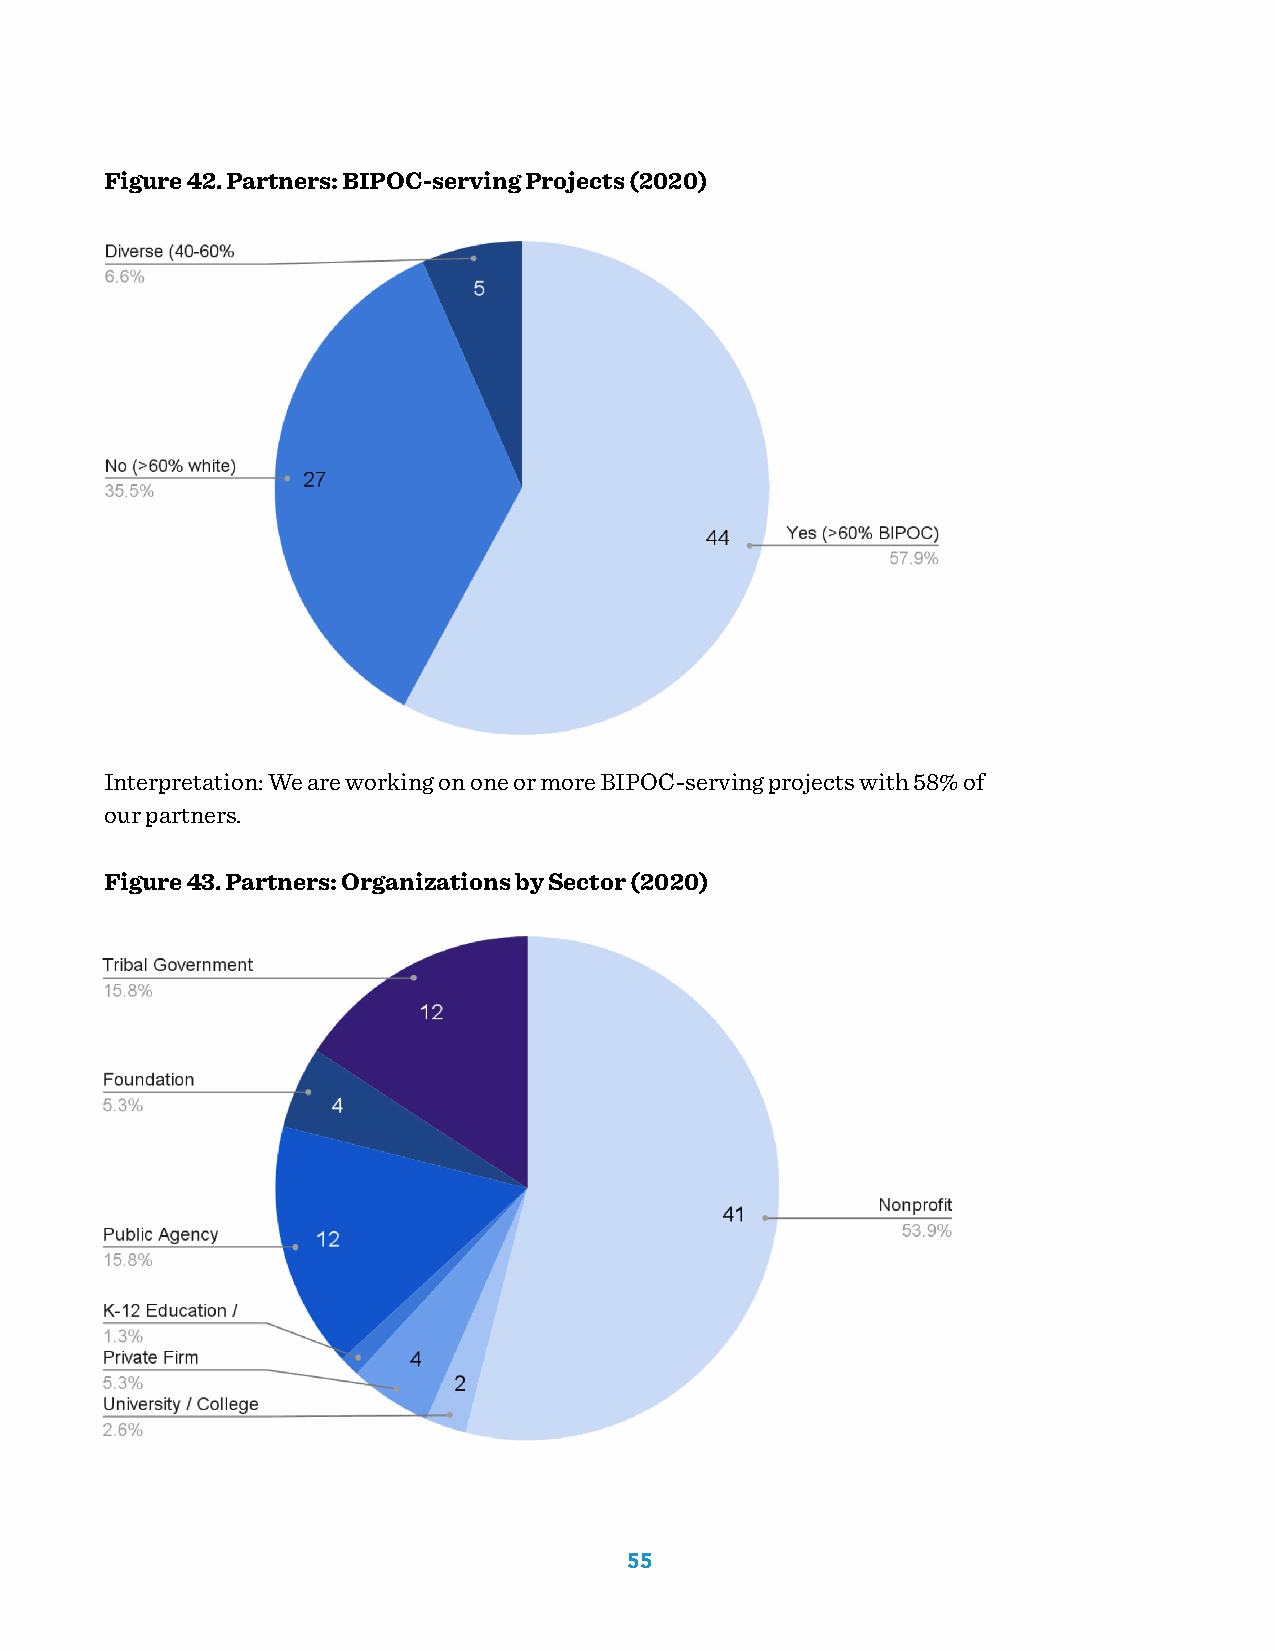
Figure 42. Partners: BIPOC-serving Projects (2020)
 Interpretation: We are working on one or more BIPOC-serving projects with 58% of
 our partners.
 Figure 43. Partners: Organizations by Sector (2020)
 55